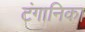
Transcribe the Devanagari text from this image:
टंगानिका